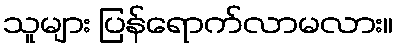
သူများ ပြန်ရောက်လာမလား။